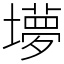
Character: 㙹